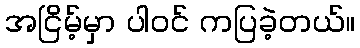
အငြိမ့်မှာ ပါဝင် ကပြခဲ့တယ်။